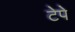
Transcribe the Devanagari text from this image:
टेपे